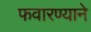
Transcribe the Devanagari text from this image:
फवारण्याने